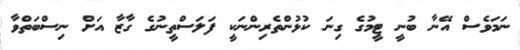
ނަމަވެސް އޭނާ ބުނީ ޓީމުގެ ގިނަ ކުޅުންތެރިންނަކީ ފަލަސްތީނުގެ ގާޒާ އަށް ނިސްބަތްވާ